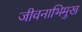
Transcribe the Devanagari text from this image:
जीवनाभिमुख